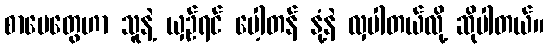
စာပေတွေဟာ သူနဲ့ ယှဉ်ရင် ပေါ့တန် နုံ့နဲ လှပါတယ်လို့ ဆိုပါတယ်။